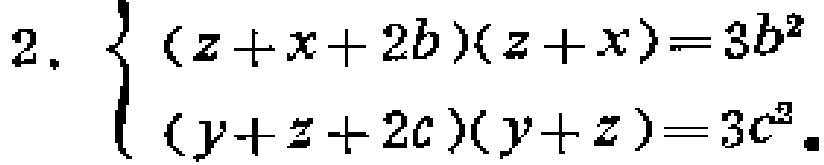
2. $\begin{cases}(z + x + 2b)(z + x)=3b^{2}\\(y + z + 2c)(y + z)=3c^{2}\end{cases}$